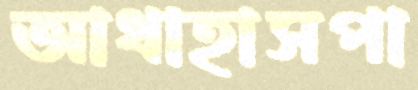
আধাহাসপা